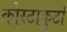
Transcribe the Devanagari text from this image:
कोस्टाकुर्टा